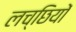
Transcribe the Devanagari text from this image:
लच्छियों